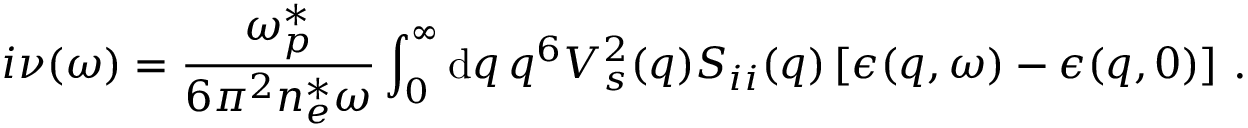
i \nu ( \omega ) = \frac { \omega _ { p } ^ { * } } { 6 \pi ^ { 2 } n _ { e } ^ { * } \omega } \int _ { 0 } ^ { \infty } \mathrm { d } q \, q ^ { 6 } V _ { s } ^ { 2 } ( q ) S _ { i i } ( q ) \left[ \epsilon ( q , \omega ) - \epsilon ( q , 0 ) \right] \, .